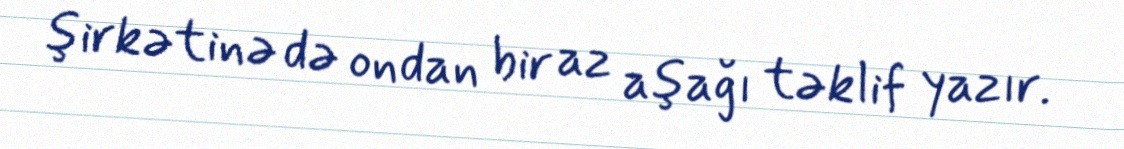
şirkətinə də ondan bir az aşağı təklif yazır.